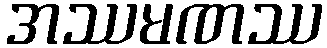
အဿမဏဿ